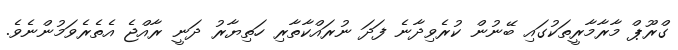
ގްރޫޕް މާރާމާރީތަކުގައި ބޭނުން ކުރެވިދާނެ ފަދަ ނުރައްކާތާރި ހަތިޔާރު ދަނީ ރާއްޖެ އެތެރެވަމުންނެވެ.